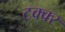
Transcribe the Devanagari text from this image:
टक्क्‍र